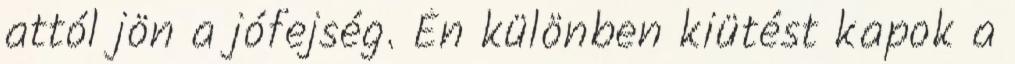
attól jön a jófejség. Én különben kiütést kapok a